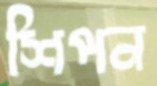
শিপন